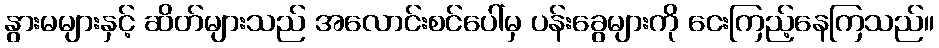
နွားမများနှင့် ဆိတ်များသည် အလောင်းစင်ပေါ်မှ ပန်းခွေများကို ငေးကြည့်နေကြသည်။